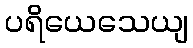
ပရိယေသေယျ